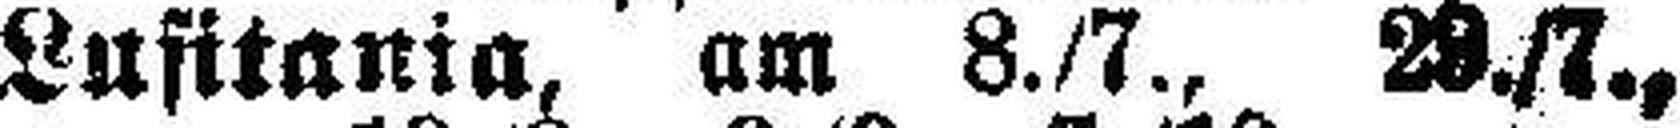
Lusitania, am 8./7., 29./7.,